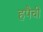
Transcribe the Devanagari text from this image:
हपैची